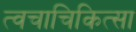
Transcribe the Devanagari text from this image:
त्वचाचिकित्सा